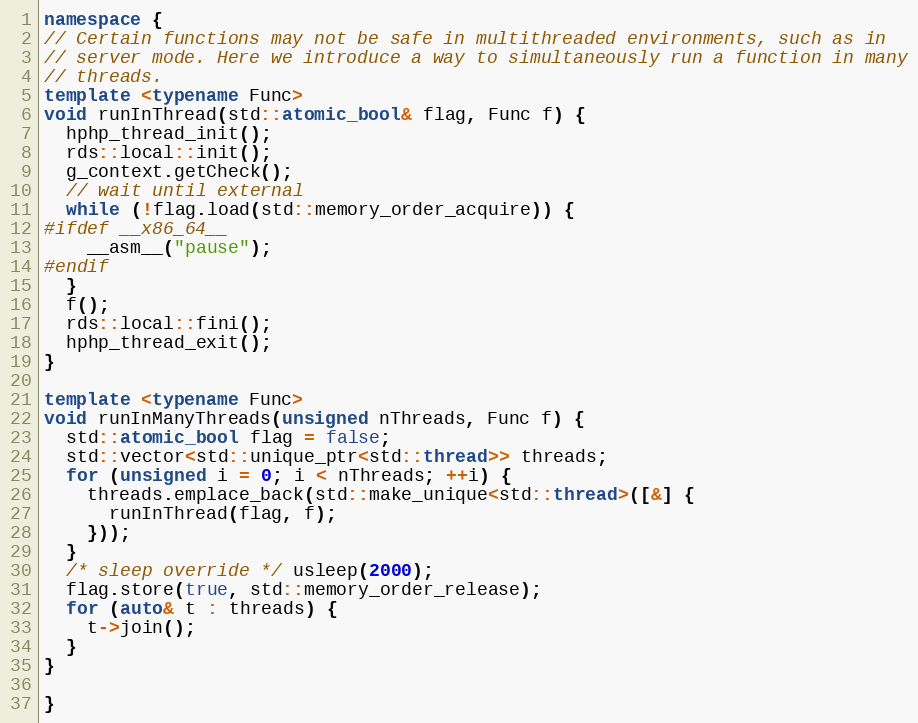
Language: C++
namespace {
// Certain functions may not be safe in multithreaded environments, such as in
// server mode. Here we introduce a way to simultaneously run a function in many
// threads.
template <typename Func>
void runInThread(std::atomic_bool& flag, Func f) {
  hphp_thread_init();
  rds::local::init();
  g_context.getCheck();
  // wait until external
  while (!flag.load(std::memory_order_acquire)) {
#ifdef __x86_64__
    __asm__("pause");
#endif
  }
  f();
  rds::local::fini();
  hphp_thread_exit();
}

template <typename Func>
void runInManyThreads(unsigned nThreads, Func f) {
  std::atomic_bool flag = false;
  std::vector<std::unique_ptr<std::thread>> threads;
  for (unsigned i = 0; i < nThreads; ++i) {
    threads.emplace_back(std::make_unique<std::thread>([&] {
      runInThread(flag, f);
    }));
  }
  /* sleep override */ usleep(2000);
  flag.store(true, std::memory_order_release);
  for (auto& t : threads) {
    t->join();
  }
}

}